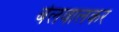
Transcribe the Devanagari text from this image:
बेलवालकर